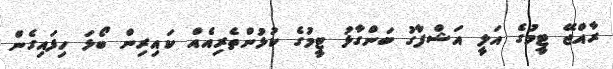
ރާއްޖޭ ޓީމުގެ އަލީ އަޝްފާގު ބަންގާޅު ޓީމުގެ ކުޅުންތެރިއެއް ކައިރިން ބޯޅަ ހިފައިގެން